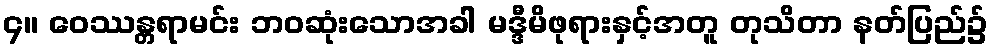
၄။ ဝေဿန္တရာမင်း ဘဝဆုံးသောအခါ မဒ္ဒီမိဖုရားနှင့်အတူ တုသိတာ နတ်ပြည်၌